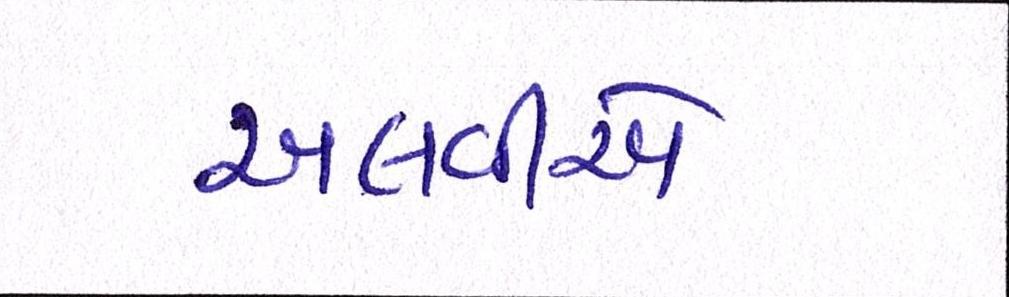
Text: અલવીએ